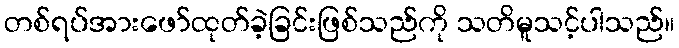
တစ်ရပ်အားဖော်ထုတ်ခဲ့ခြင်းဖြစ်သည်ကို သတိမူသင့်ပါသည်။